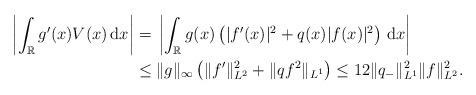
LaTeX: \begin{align*}\left|\int_{\mathbb R} g'(x) V(x)\,\mathrm dx\right| &={ } \left|\int_{\mathbb R} g(x) \left(|f'(x)|^2+q(x)|f(x)|^2\right)\,\mathrm dx\right|\\&\leq{ } \|g\|_\infty \left(\|f'\|_{L^2}^2 + \|qf^2\|_{L^1}\right) \leq 12 \|q_-\|_{L^1}^2\|f\|_{L^2}^2.\end{align*}